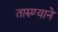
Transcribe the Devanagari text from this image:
तारुण्याने